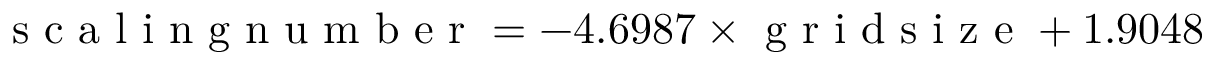
\mathrm { ~ s ~ c ~ a ~ l ~ i ~ n ~ g ~ n ~ u ~ m ~ b ~ e ~ r ~ } = - 4 . 6 9 8 7 \times \mathrm { ~ g ~ r ~ i ~ d ~ s ~ i ~ z ~ e ~ } + 1 . 9 0 4 8